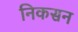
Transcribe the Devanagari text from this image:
निकसन